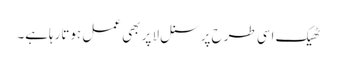
ٹھیک اسی طرح پرسنل لا پر بھی عمل ہوتارہاہے۔